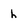
Character: h